Scottish Leaving Certificate Examination, 1961
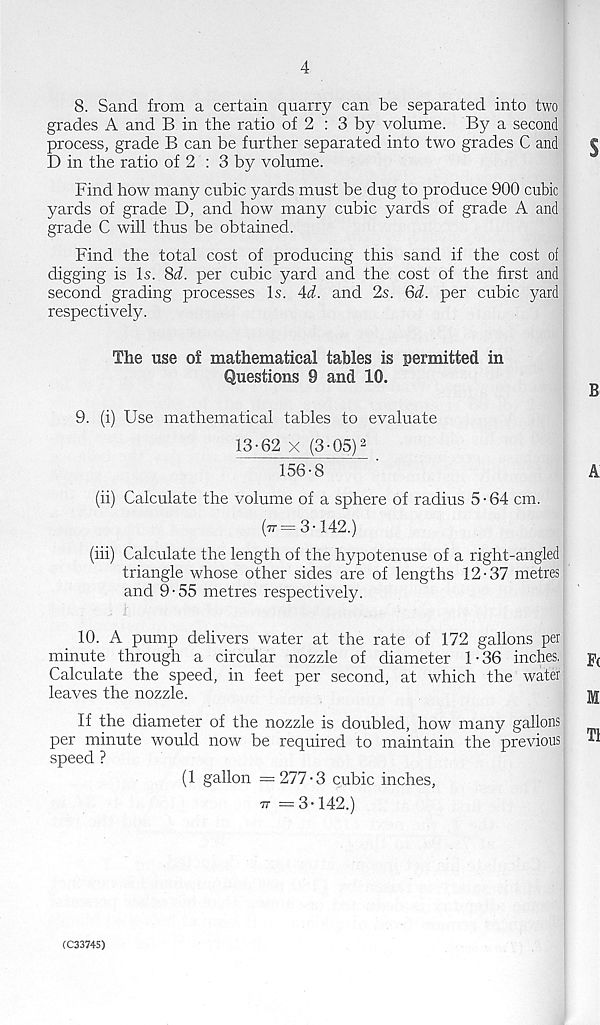
4
8. Sand from a certain quarry can be separated into two
grades A and B in the ratio of 2 : 3 by volume. By a second
process, grade B can be further separated into two grades C and
D in the ratio of 2 : 3 by volume.
Find how many cubic yards must be dug to produce 900 cubic
yards of grade D, and how many cubic yards of grade A and
grade C will thus be obtained.
Find the total cost of producing this sand if the cost of
digging is Is. 8d. per cubic yard and the cost of the first and
second grading processes Is. 4d. and 2s. 6d. per cubic yard
respectively.
The use of mathematical tables is permitted in
Questions 9 and 10.
9. (i) Use mathematical tables to evaluate
13-62 x (3-05) 3
156-8
(ii) Calculate the volume of a sphere of radius 5-64 cm.
(77=3-142.)
(iii) Calculate the length of the hypotenuse of a right-angled
triangle whose other sides are of lengths 12-37 metres
and 9-55 metres respectively.
10. A pump delivers water at the rate of 172 gallons per
minute through a circular nozzle of diameter 1-36 inches.
Calculate the speed, in feet per second, at which the water
leaves the nozzle.
If the diameter of the nozzle is doubled, how many gallons
per minute would now be required to maintain the previous
speed ?
(1 gallon =277-3 cubic inches,
77 =3-142.)
(C33745)